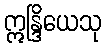
ဣန္ဒြိယေသု